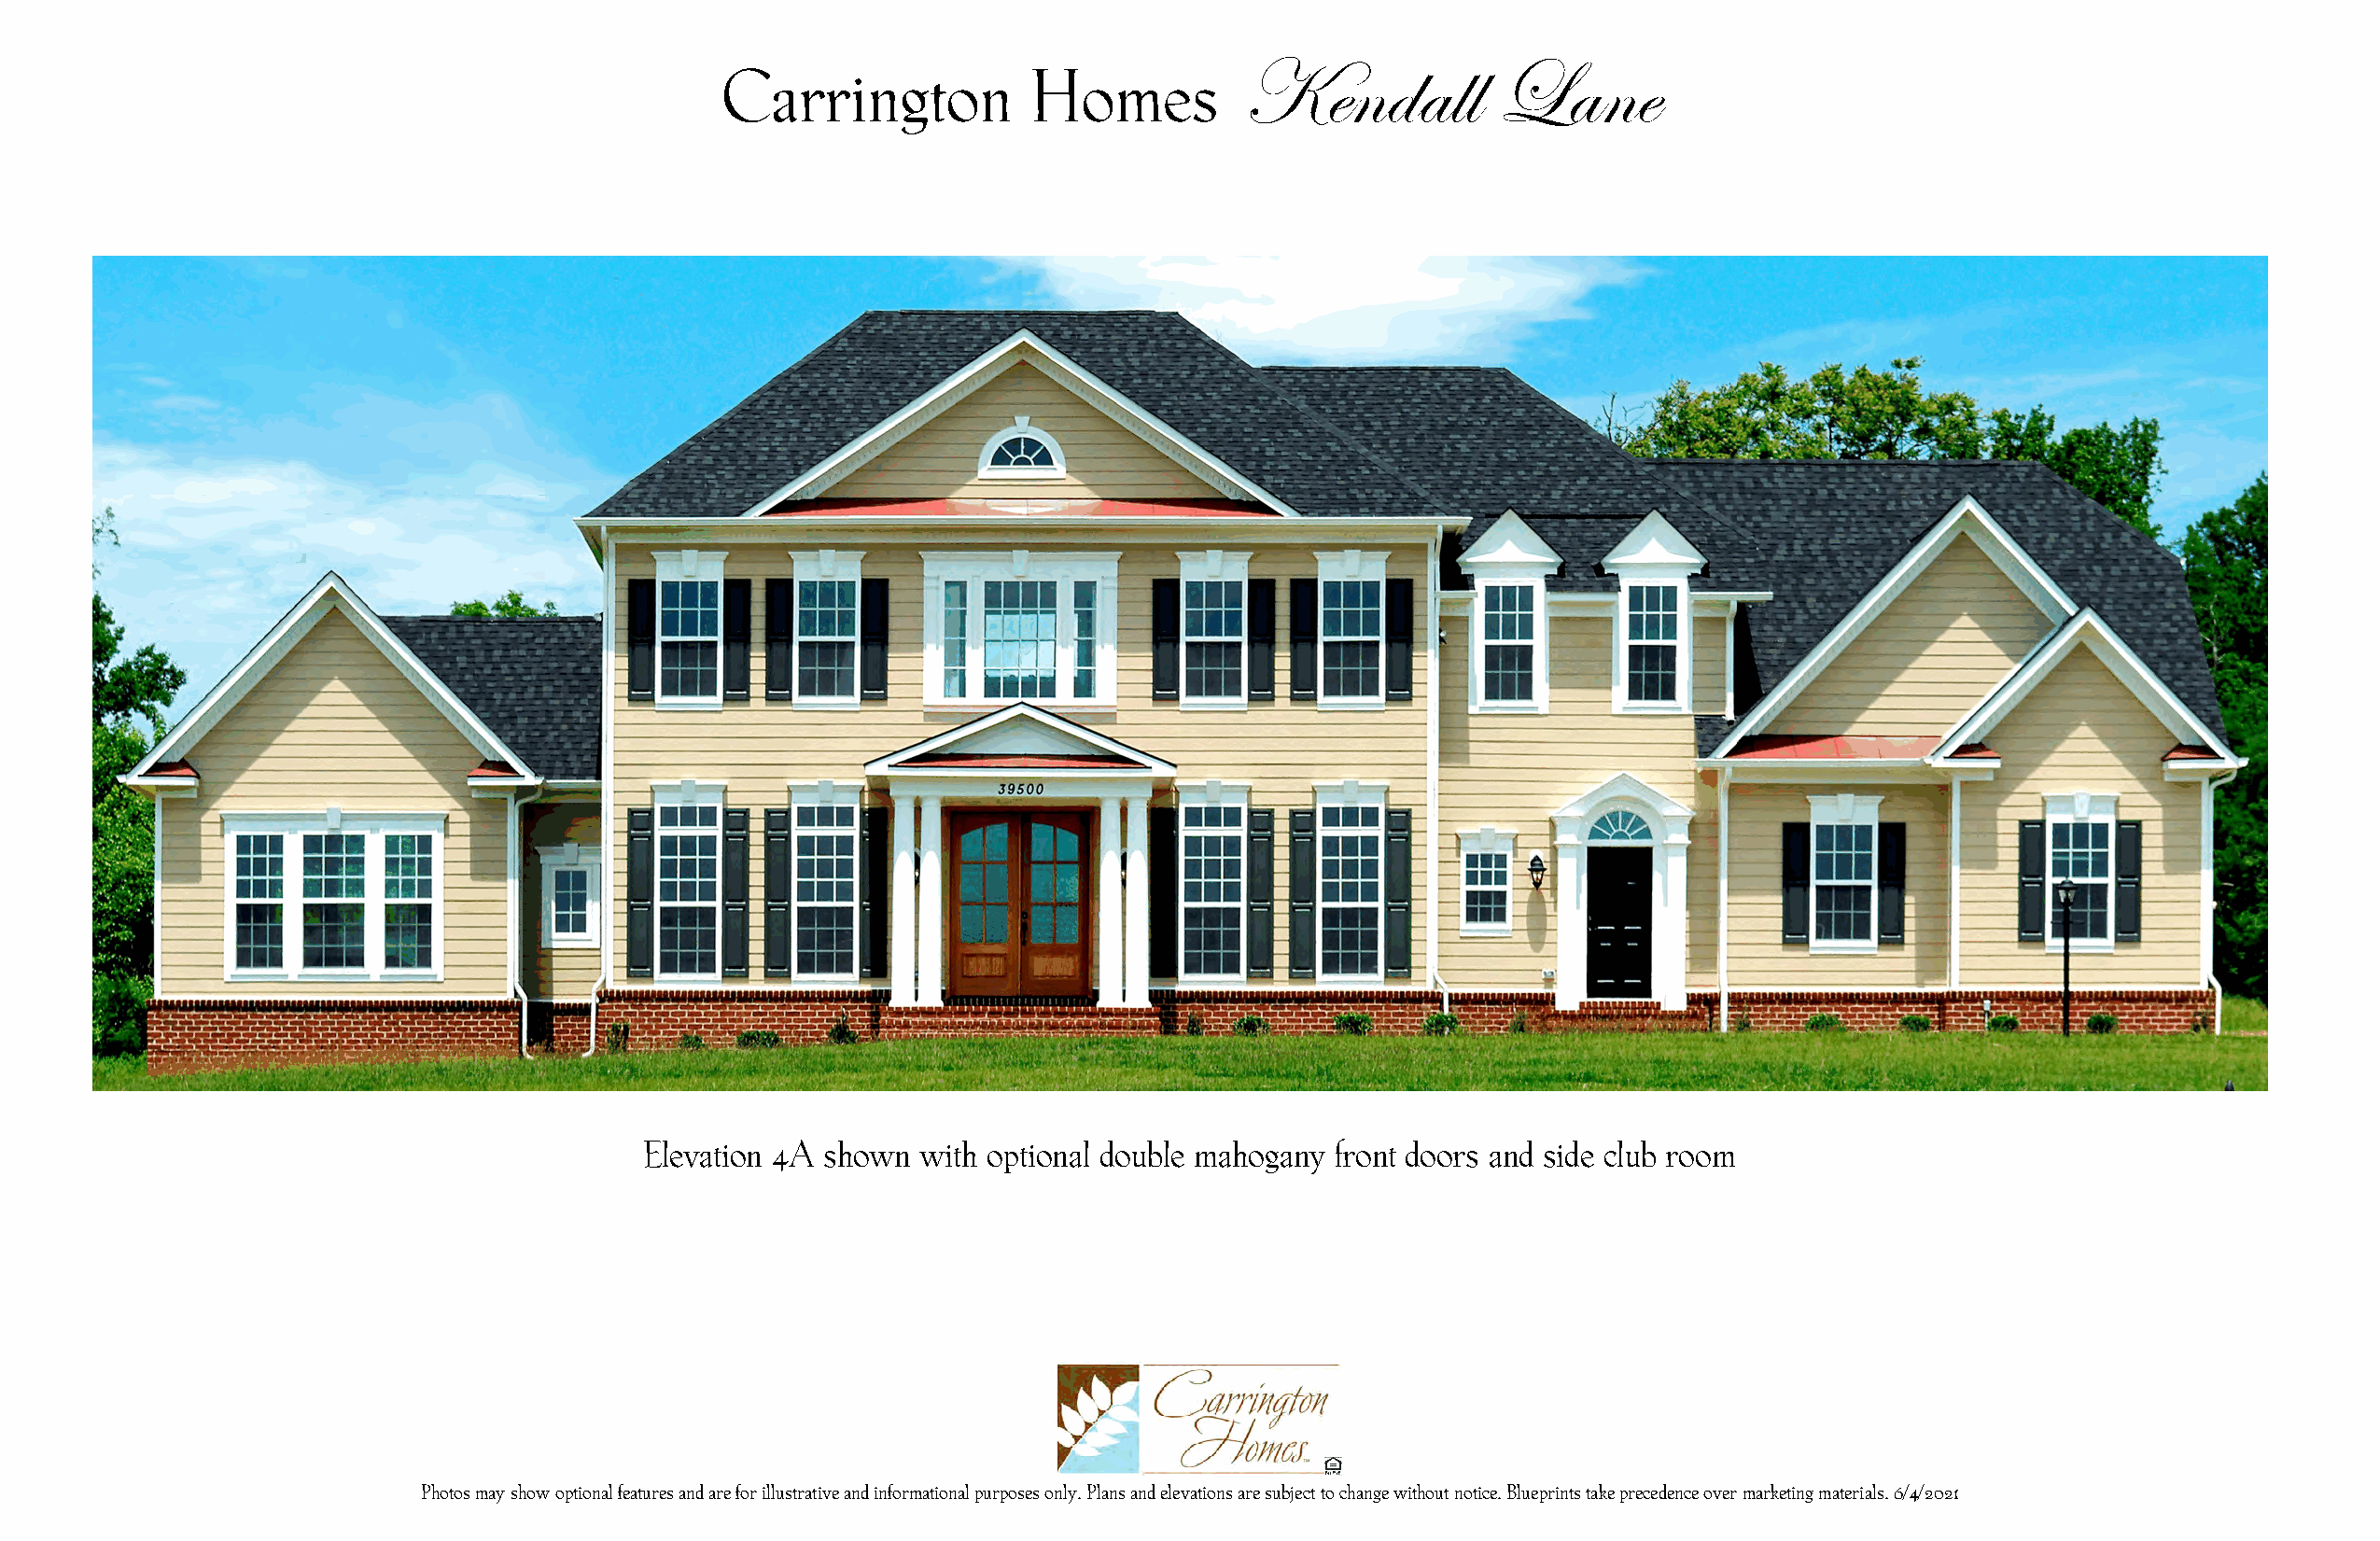
Kendall           Lane
 Carrington            Homes
 Elevation 4A shown with optional double mahogany front doors and side club room
 Photos may show optional features and are for illustrative and informational purposes only. Plans and elevations are subject to change without notice. Blueprints take precedence over marketing materials. 6/4/2021